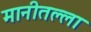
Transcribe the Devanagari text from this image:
मानीतल्ला